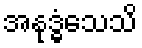
အနုဒ္ဓံသေသိ